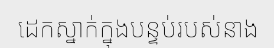
ដេកស្នាក់ក្នុងបន្ទប់របស់នាង